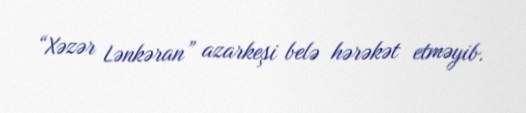
“Xəzər Lənkəran” azarkeşi belə hərəkət etməyib.